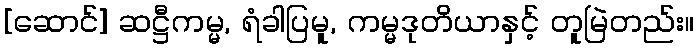
[ဆောင်] ဆဋ္ဌီကမ္မ, ရံခါပြမူ, ကမ္မဒုတိယာနှင့် တူမြဲတည်း။